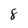
Character: 8